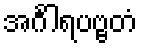
အင်္ဂါရပဗ္ဗတံ